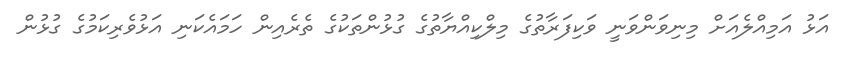
އަޅު އަމިއްލެއަށް މިނިވަންވަނީ ވަކިފަރާތުގެ މިލްކިއްޔާތުގެ ގުޅުންތަކުގެ ތެރެއިން ހަމައެކަނި އަޅުވެރިކަމުގެ ގުޅުން